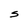
Character: S